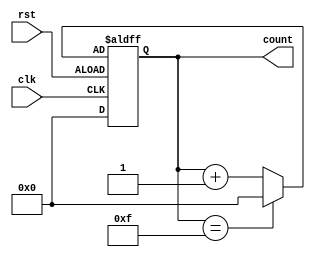
module synchronous_counter (
    input wire clk,   // Clock signal
    input wire rst,   // Reset signal
    output reg [3:0] count // Count value (4-bit counter)
);

// Variables
reg [3:0] next_count;

// Synchronous logic
always @(posedge clk or negedge rst) begin
    if (rst) begin
        count <= 4'b0000; // Reset count value
    end else begin
        count <= next_count; // Update count value
    end
end

// State transition
always @* begin
    if (count == 4'b1111) begin
        next_count = 4'b0000; // Reset count on overflow
    end else begin
        next_count = count + 1; // Increment count
    end
end

endmodule